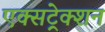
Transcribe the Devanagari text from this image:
एक्सट्रेक्शन